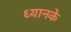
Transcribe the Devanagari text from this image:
ध्यानके